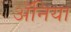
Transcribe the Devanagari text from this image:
ॲनिया